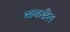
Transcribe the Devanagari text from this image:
मावतील